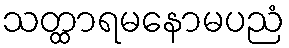
သတ္ထာရမနောမပညံ